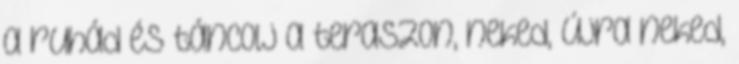
a ruhád és táncolj a teraszon, neked, újra neked,